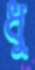
ধু